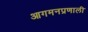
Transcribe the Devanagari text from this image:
आगमनप्रणाली